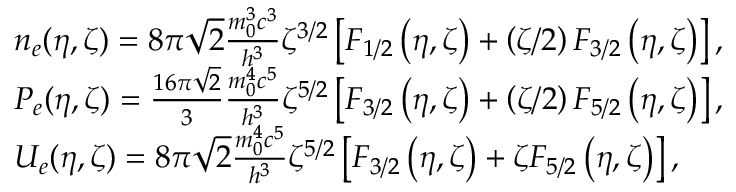
\begin{array} { r l } & { n _ { e } ( \eta , \zeta ) = 8 \pi \sqrt 2 \frac { { m _ { 0 } ^ { 3 } { c ^ { 3 } } } } { { { h ^ { 3 } } } } { \zeta ^ { 3 / 2 } } \left[ { { F _ { 1 / 2 } } \left( { \eta , \zeta } \right) + \left( { \zeta / 2 } \right) { F _ { 3 / 2 } } \left( { \eta , \zeta } \right) } \right] , } \\ & { P _ { e } ( \eta , \zeta ) = \frac { { 1 6 \pi \sqrt 2 } } { 3 } \frac { { m _ { 0 } ^ { 4 } { c ^ { 5 } } } } { { { h ^ { 3 } } } } { \zeta ^ { 5 / 2 } } \left[ { { F _ { 3 / 2 } } \left( { \eta , \zeta } \right) + \left( { \zeta / 2 } \right) { F _ { 5 / 2 } } \left( { \eta , \zeta } \right) } \right] , } \\ & { { U _ { e } } ( \eta , \zeta ) = 8 \pi \sqrt 2 \frac { { m _ { 0 } ^ { 4 } { c ^ { 5 } } } } { { { h ^ { 3 } } } } { \zeta ^ { 5 / 2 } } \left[ { { F _ { 3 / 2 } } \left( { \eta , \zeta } \right) + \zeta { F _ { 5 / 2 } } \left( { \eta , \zeta } \right) } \right] , } \end{array}